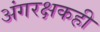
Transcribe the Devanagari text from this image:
अंगरक्षकही